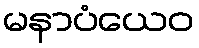
မနာပံယေဝ